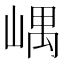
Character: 嵎